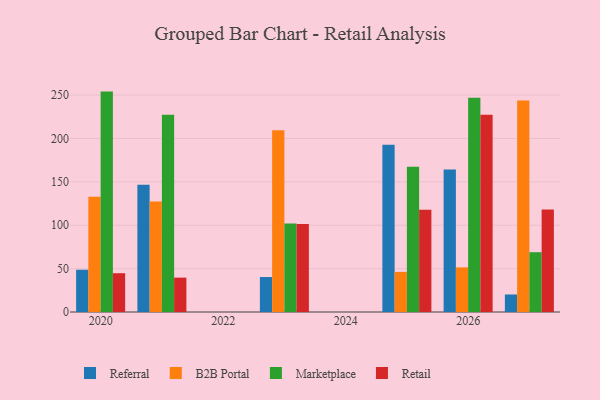
{"axis": {"x": "Year", "y": "Waste Production (Tons)"}, "legend": ["B2B Portal", "Marketplace", "Referral", "Retail"], "data": [{"x": "2021", "y": 146.6, "type": "Referral"}, {"x": "2021", "y": 127.4, "type": "B2B Portal"}, {"x": "2021", "y": 227.2, "type": "Marketplace"}, {"x": "2021", "y": 39.6, "type": "Retail"}, {"x": "2025", "y": 192.8, "type": "Referral"}, {"x": "2025", "y": 46.2, "type": "B2B Portal"}, {"x": "2025", "y": 167.5, "type": "Marketplace"}, {"x": "2025", "y": 117.7, "type": "Retail"}, {"x": "2027", "y": 20.2, "type": "Referral"}, {"x": "2027", "y": 243.8, "type": "B2B Portal"}, {"x": "2027", "y": 68.9, "type": "Marketplace"}, {"x": "2027", "y": 118.1, "type": "Retail"}, {"x": "2026", "y": 164.1, "type": "Referral"}, {"x": "2026", "y": 51.4, "type": "B2B Portal"}, {"x": "2026", "y": 247.0, "type": "Marketplace"}, {"x": "2026", "y": 227.3, "type": "Retail"}, {"x": "2020", "y": 48.7, "type": "Referral"}, {"x": "2020", "y": 132.8, "type": "B2B Portal"}, {"x": "2020", "y": 254.0, "type": "Marketplace"}, {"x": "2020", "y": 44.7, "type": "Retail"}, {"x": "2023", "y": 40.3, "type": "Referral"}, {"x": "2023", "y": 209.6, "type": "B2B Portal"}, {"x": "2023", "y": 101.9, "type": "Marketplace"}, {"x": "2023", "y": 101.3, "type": "Retail"}]}